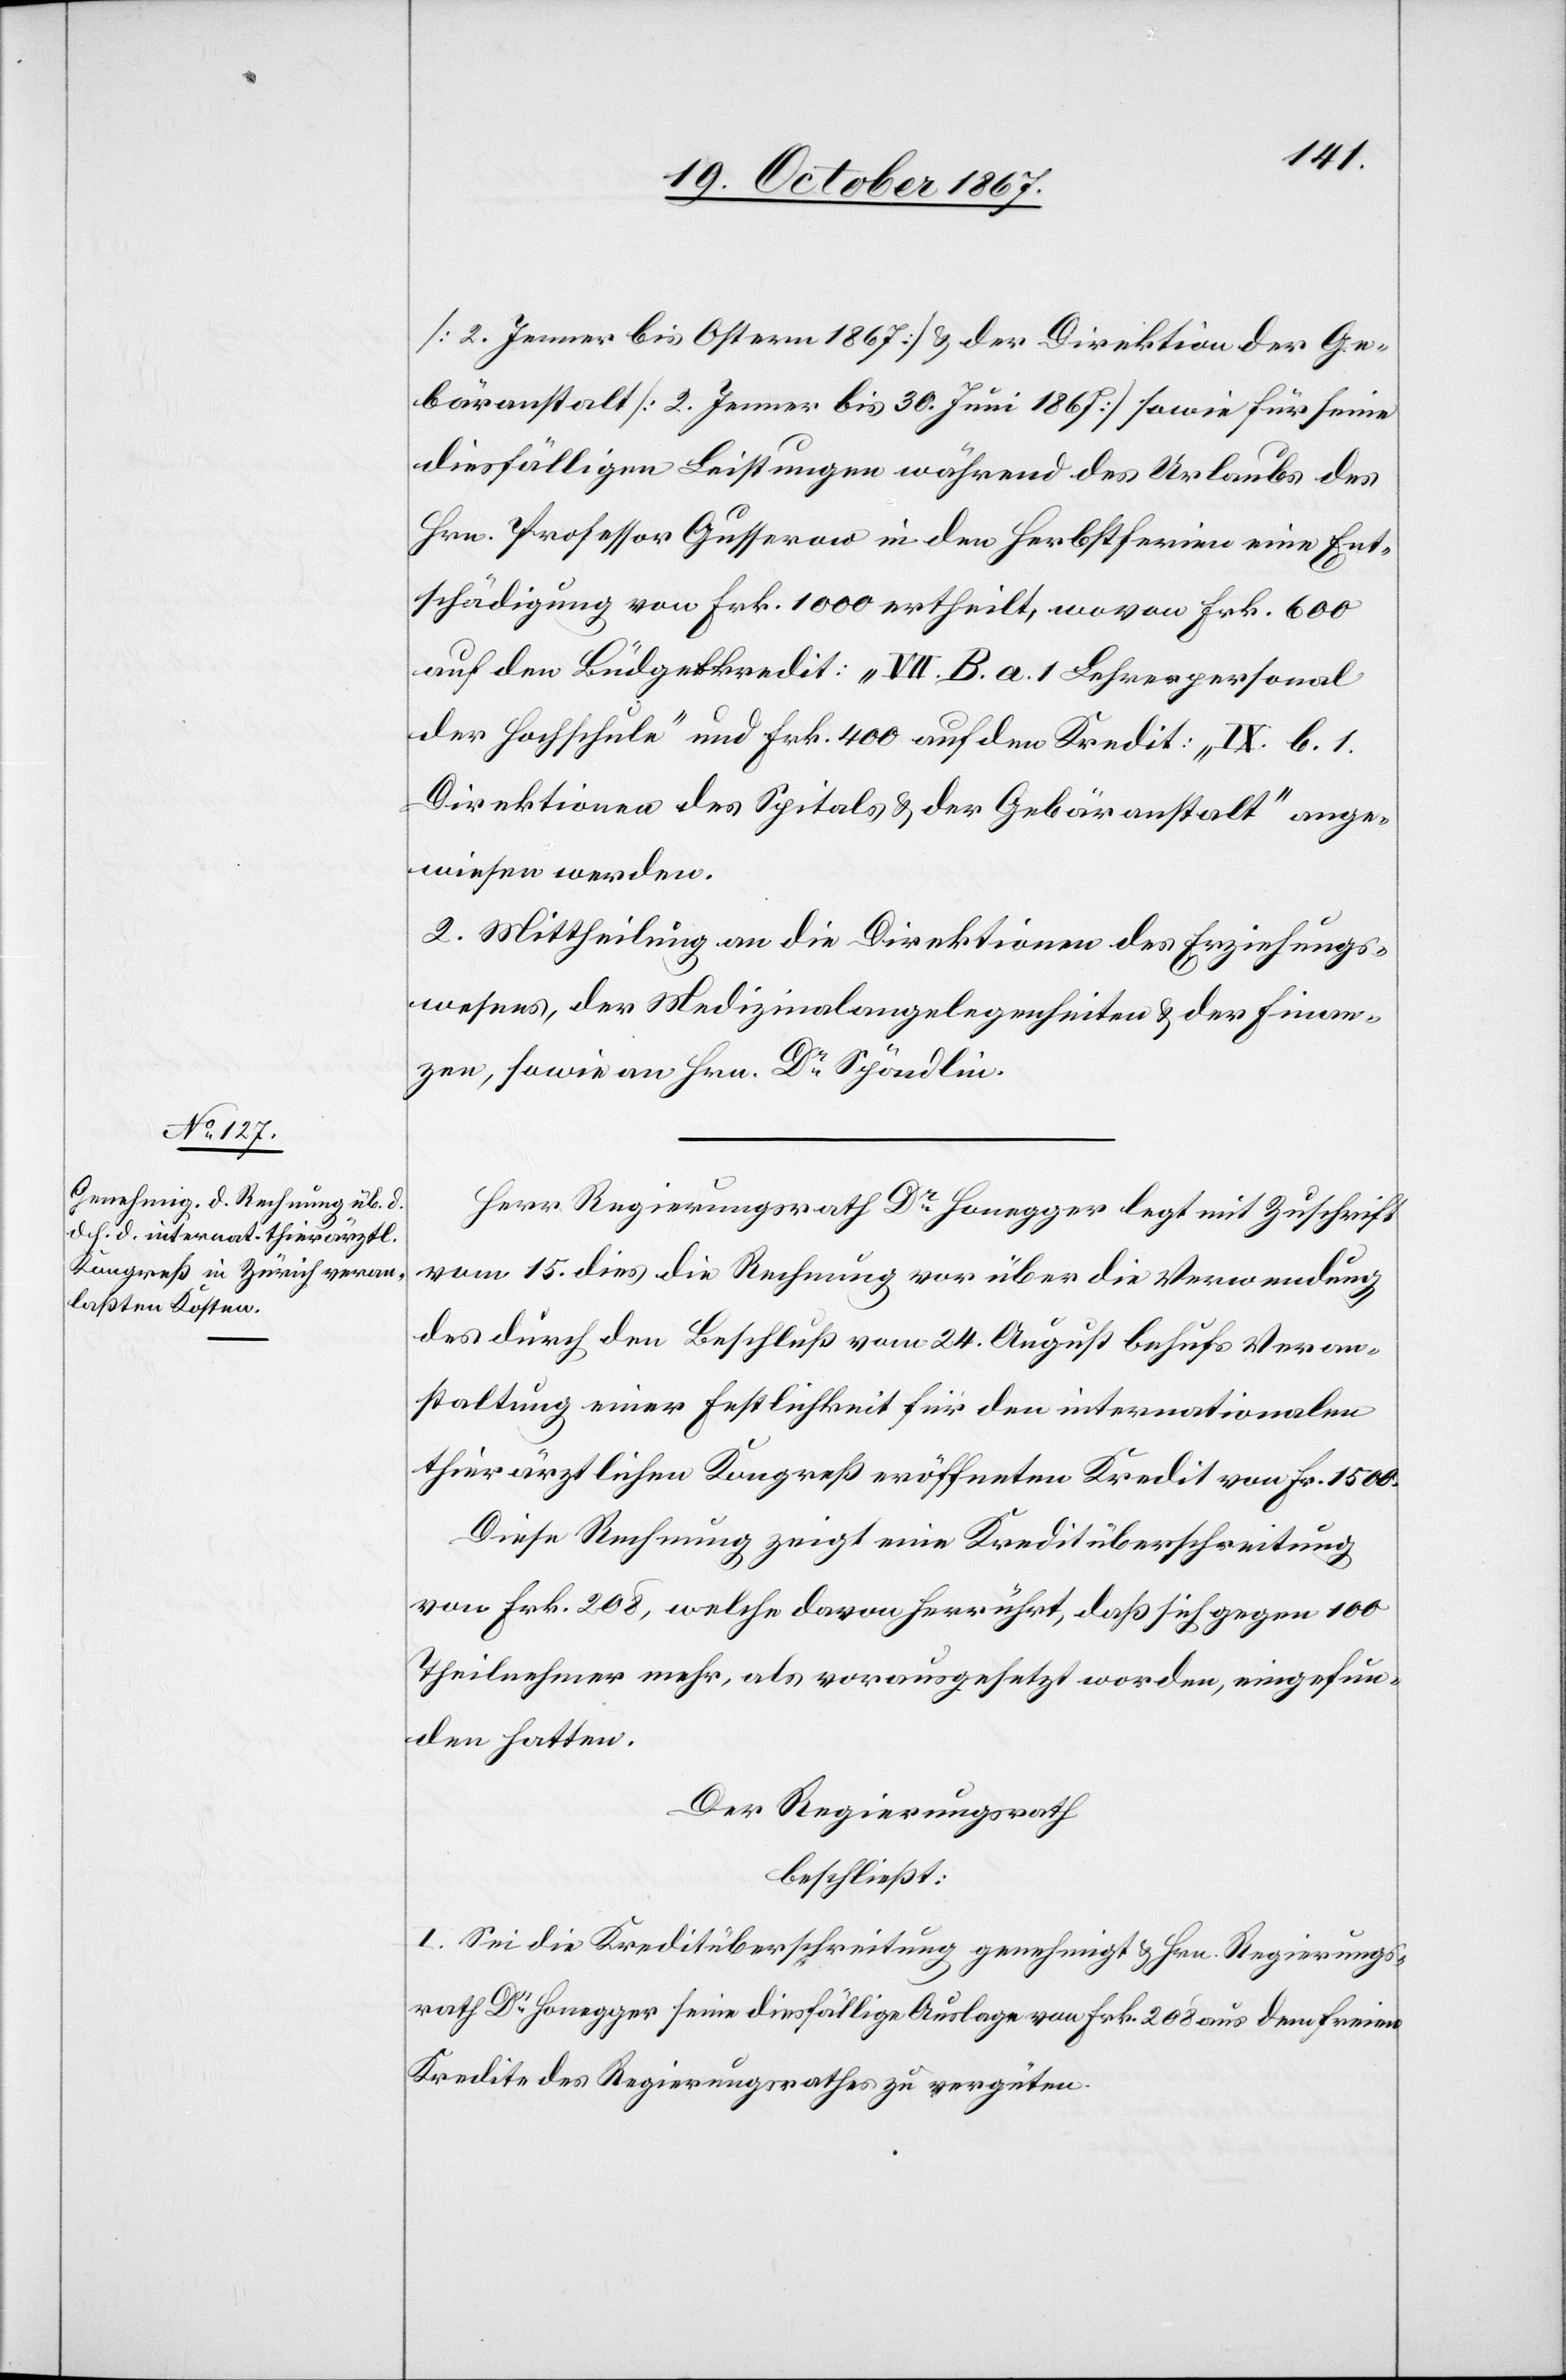
[2. Jenner bis Ostern 1867] u. der Direktion der Ge¬
bäranstalt [2. Jenner bis 30. Juni 1867] sowie für seine
diesfälligen Leistungen während des Urlaubs des
Hrn. Professor Gusserow in den Herbstferien eine Ent¬
schädigung von Frk. 1000 ertheilt, wovon Frk. 600
auf den Büdgetkredit: „VII. B. a. 1 Lehrpersonal
der Hochschule“ und Frk. 400 auf den Kredit: „IX. b. 1
Direktionen des Spitals u. der Gebäranstalt“ ange¬
wiesen werden.
2. Mittheilung an die Direktionen des Erziehungs¬
wesens, der Medizinalangelegenheiten u. der Finan¬
zen, sowie an Hrn. Dr Spöndli.
Herr Regierungsrath Dr Honegger legt mit Zuschrift
vom 15. dies die Rechnung vor über die Verwendung
des durch den Beschluß vom 24. August behufs Veran¬
staltung einer Festlichkeit für den internationalen
thierärztlichen Kongreß eröffneten Kredit von Frk. 1500.
Diese Rechnung zeigt eine Kreditüberschreitung
von Frk. 208, welche davon herrührt, daß sich gegen 100
Theilnehmer mehr, als vorausgesetzt worden, eingefun¬
den hatten.
Der Regierungsrath,
beschließt:
I. Sei die Kreditüberschreitung genehmigt u. Hrn. Regierungs¬
rath Dr Honegger seine diesfällige Auslage von Frk. 208 aus dem freien
Kredite des Regierungsrathes zu vergüten.